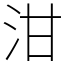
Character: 泔